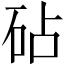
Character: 砧